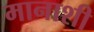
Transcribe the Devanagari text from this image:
मानाशी